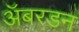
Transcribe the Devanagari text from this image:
ॲबरडन